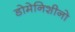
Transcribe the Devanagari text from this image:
डोमेनिशीनो